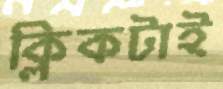
ক্লিকটাই